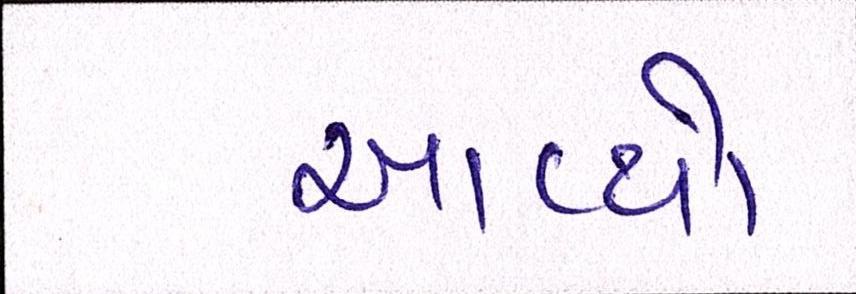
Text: આવ્યો